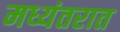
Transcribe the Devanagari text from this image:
मध्यंतरात